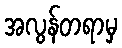
အလွန်တရာမှ